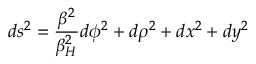
d s ^ { 2 } = { \frac { \beta ^ { 2 } } { \beta _ { H } ^ { 2 } } } d \phi ^ { 2 } + d \rho ^ { 2 } + d x ^ { 2 } + d y ^ { 2 }